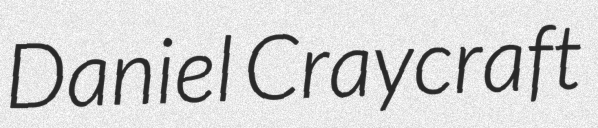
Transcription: Daniel Craycraft